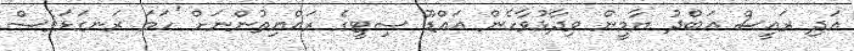
އަދި ރައީސް އަބްދު ޔާމީން ވިދާޅުވާހެން އައްޑޫ ސިޓީގެ ރައްޔިތުންނަށް 'ހަމަ ރަނގަޅަވެސް